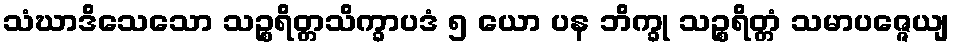
သံဃာဒိသေသော သဉ္စရိတ္တသိက္ခာပဒံ ၅ ယော ပန ဘိက္ခု သဉ္စရိတ္တံ သမာပဇ္ဇေယျ